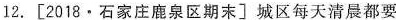
12.[2018·石家庄鹿泉区期末〕城区每天清晨都要